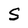
Character: S